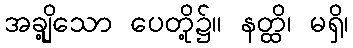
အချို့သော ပေတို့၌။ နတ္ထိ၊ မရှိ၊